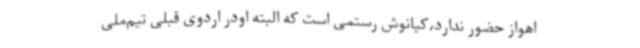
اهواز حضور ندارد،کیانوش رستمی است که البته اودر اردوی قبلی تیم‌ملی